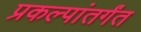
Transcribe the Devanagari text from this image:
प्रकल्पांतर्गंत